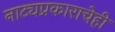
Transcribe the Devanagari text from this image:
नाट्यप्रकाराचेही